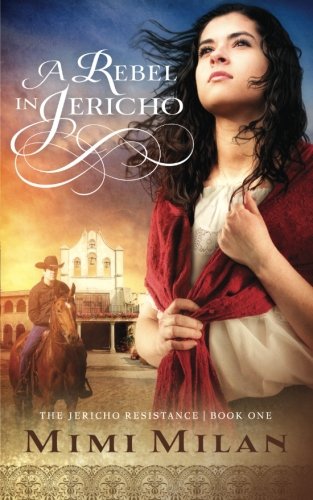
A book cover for A Rebel in Jericho (The Jericho Resistance) (Volume 1); Mimi Milan; Christian Books & Bibles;